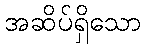
အဆိပ်ရှိသော